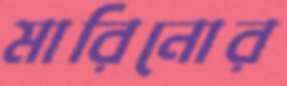
মারিনোর